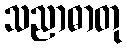
သညာဓာတု